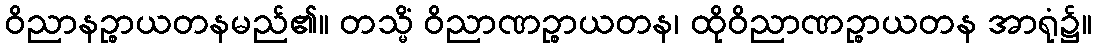
ဝိညာနဉ္စာယတနမည်၏။ တသ္မိံ ဝိညာဏဉ္စာယတန၊ ထိုဝိညာဏဉ္စာယတန အာရုံ၌။